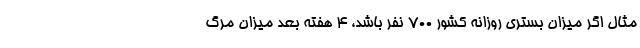
مثال اگر میزان بستری روزانه کشور ۷۰۰ نفر باشد، ۴ هفته بعد میزان مرگ